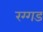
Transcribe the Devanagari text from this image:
रग्गड